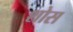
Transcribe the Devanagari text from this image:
शोस